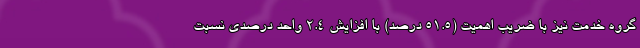
گروه خدمت نیز با ضریب اهمیت (۵۱.۵ درصد) با افزایش ۲.۴ واحد درصدی نسبت